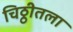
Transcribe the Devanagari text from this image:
चिठ्ठीतला